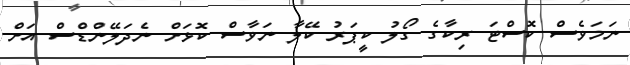
ނަމަވެސް ކޮސްޓަ ރިކާގެ ގޯލު ކީޕަރު ކޭލާ ނަވާސް ކޮޅަށް ނެދަލޭންޑްސް އަށް